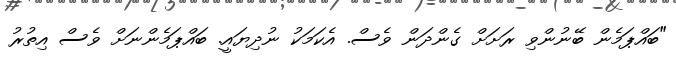
"ބައްޕަމެން ބޭނުންވި ރަށަށް ގެންދަން ވެސް. އެކަމަކު ނުދިޔައީ. ބައްޕަމެންނަށް ވެސް އިތުރު